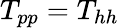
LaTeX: T_{pp}=T_{hh}